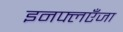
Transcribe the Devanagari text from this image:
इनफ्लएँजा